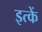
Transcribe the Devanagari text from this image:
इत्कें